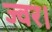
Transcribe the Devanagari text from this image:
ज्वर।